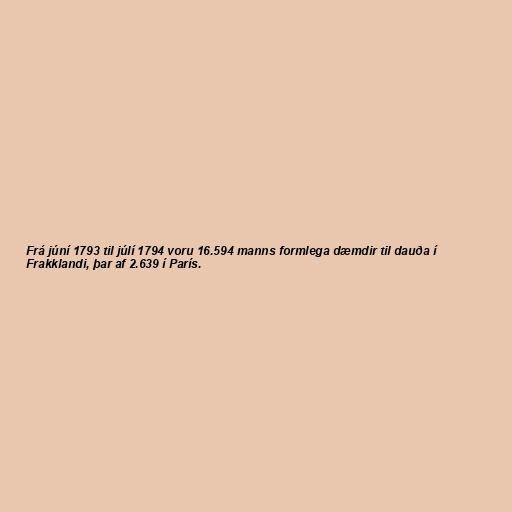
Frá júní 1793 til júlí 1794 voru 16.594 manns formlega dæmdir til dauða í
Frakklandi, þar af 2.639 í París.